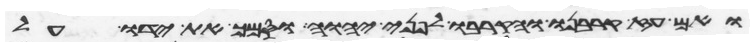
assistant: ואם עז קרבנו והקריבו לפני יהוה וסמך את ידו על